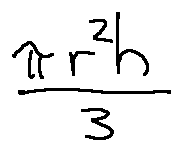
\frac { \pi r ^ { 2 } h } { 3 }